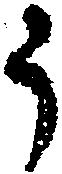
う